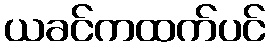
ယခင်ကထက်ပင်